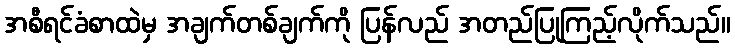
အစီရင်ခံစာထဲမှ အချက်တစ်ချက်ကို ပြန်လည် အတည်ပြုကြည့်လိုက်သည်။